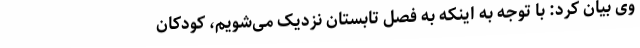
وی بیان کرد: با توجه به اینکه به فصل تابستان نزدیک می‌شویم، کودکان